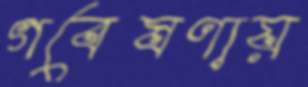
গবেষণায়